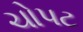
ચોપટ